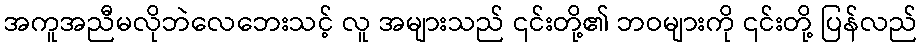
အကူအညီမလိုဘဲလေဘေးသင့် လူ အများသည် ၎င်းတို့၏ ဘဝများကို ၎င်းတို့ ပြန်လည်